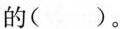
的( )。